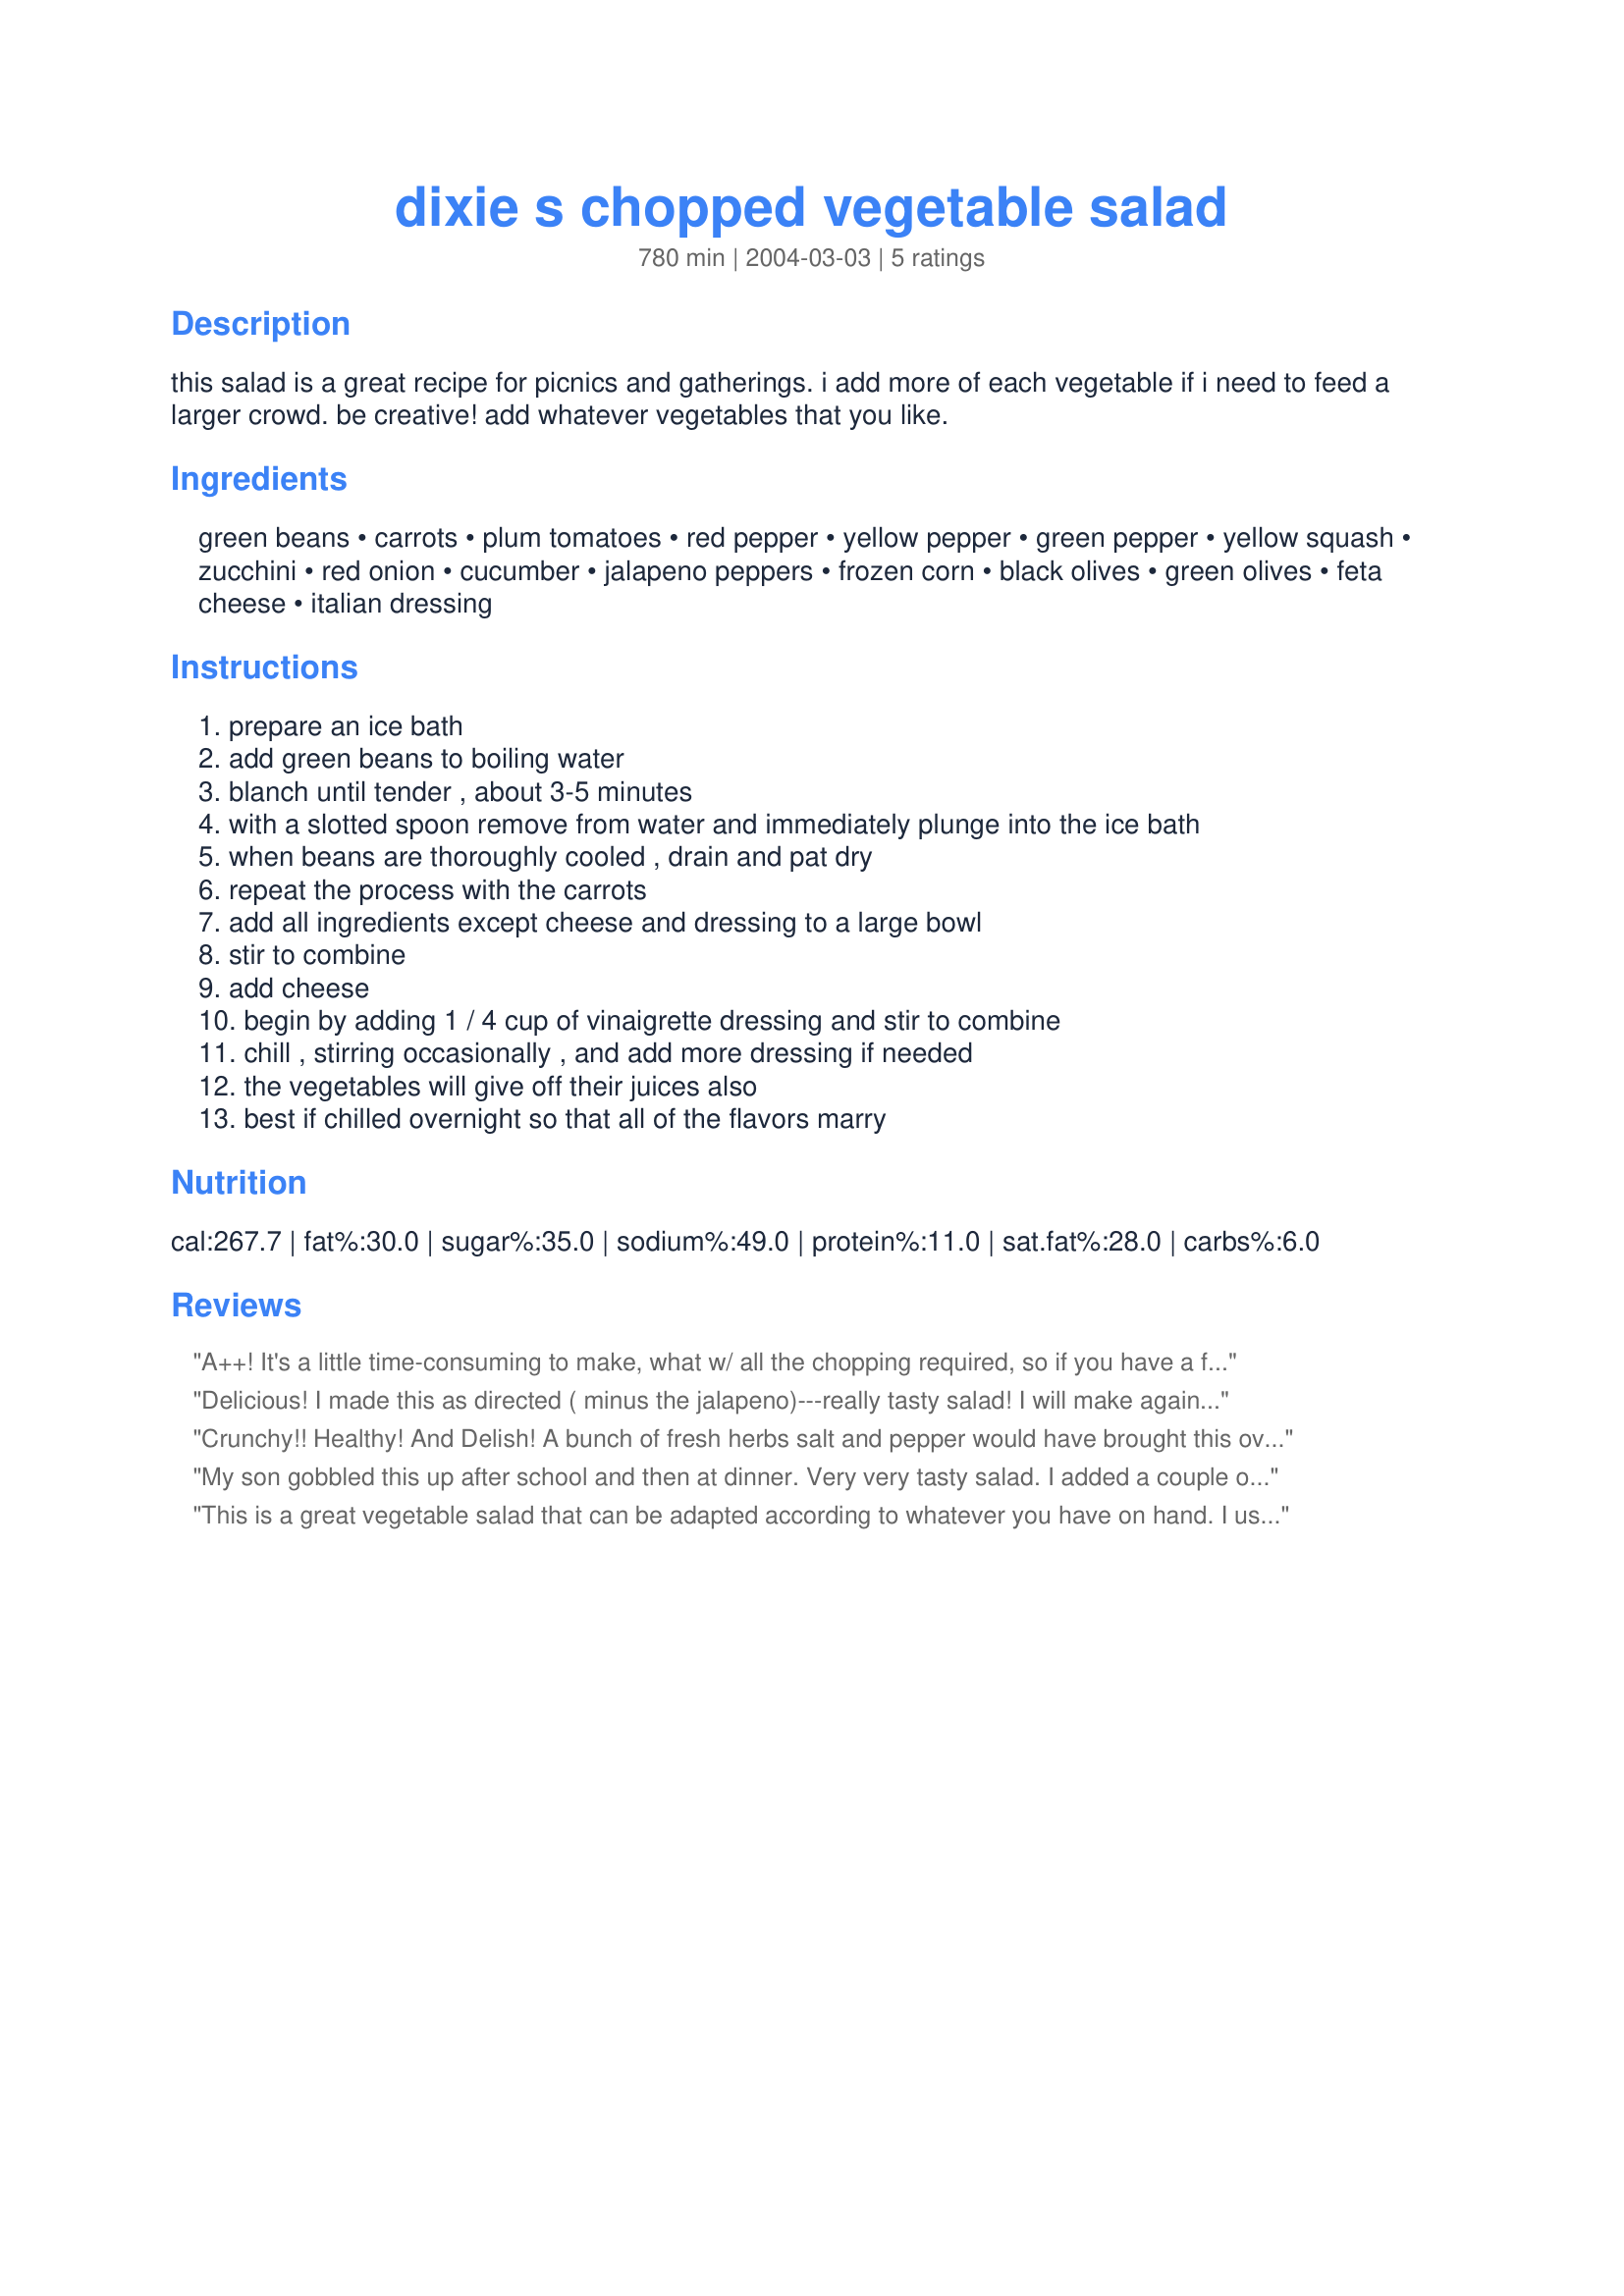
dixie s chopped vegetable salad
Preparation time: 780 minutes

this salad is a great recipe for picnics and gatherings. i add more of each vegetable if i need to feed a larger crowd. be creative! add whatever vegetables that you like.

Ingredients:
green beans, carrots, plum tomatoes, red pepper, yellow pepper, green pepper, yellow squash, zucchini, red onion, cucumber, jalapeno peppers, frozen corn, black olives, green olives, feta cheese, italian dressing

Steps:
prepare an ice bath, add green beans to boiling water, blanch until tender , about 3-5 minutes, with a slotted spoon remove from water and immediately plunge into the ice bath, when beans are thoroughly cooled , drain and pat dry, repeat the process with the carrots, add all ingredients except cheese and dressing to a large bowl, stir to combine, add cheese, begin by adding 1 / 4 cup of vinaigrette dressing and stir to combine, chill , stirring occasionally , and add more dressing if needed, the vegetables will give off their juices also, best if chilled overnight so that all of the flavors marry

Reviews:
A++! It's a little time-consuming to make, what w/ all the chopping required, so if you have a food processor, you might try using it to speed the process. I added some frozen peas, a large bunch of fresh dill (minced) and a bunch of flat leaf parsley (minced). I think the fresh herbs really added to the dish. I took this to a potluck recently and people loved it; it was a nice, fresh alternative to the standard potato salad on the potluck buffet table.
Delicious! I made this as directed ( minus the jalapeno)---really tasty salad! I will make again<br/>Thanks Gail11
Crunchy!! Healthy! And Delish! A bunch of fresh herbs salt and pepper would have brought this over the top. Makes a lot so do plan on company but if not it will last a couple days. Thanks!
My son gobbled this up after school and then at dinner. Very very tasty salad. I added a couple of teaspoons of honey to the dressing for my crowd and blanched some broccoli to toss in. I also added some fresh mint-as you say, you can be creative with this salad. Thanks Gaill11. Real nice.
This is a great vegetable salad that can be adapted according to whatever you have on hand. I used the green beans, tomatoes, yellow squash, red onion, cucumber black & green olives and the feta cheese. I let this sit to let the flavors blend. Wonderful, quick and can be made ahead. Thanks for sharing, Gail11.
